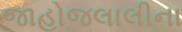
જાહોજલાલીના